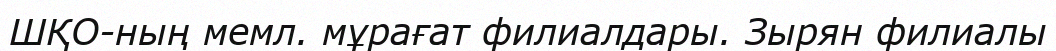
ШҚО-ның мемл. мұрағат филиалдары. Зырян филиалы